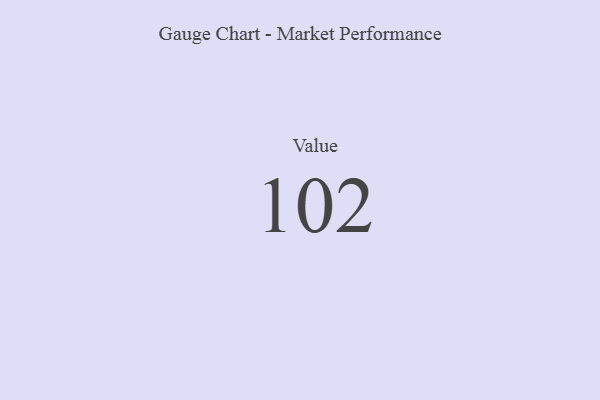
{"axis": {"x": "Metric", "y": "Value"}, "legend": [""], "data": [{"x": "Value", "y": 102, "type": ""}]}